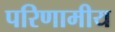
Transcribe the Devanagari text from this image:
परिणामीय